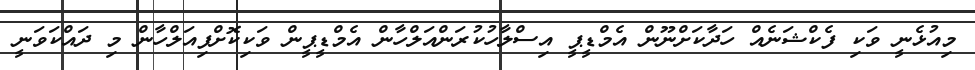
މިއުޅެނީ ވަކި ފެކްޝަނެއް ހަދާކަށްނޫން އެމްޑީޕީ އިސްލާހުކުރަންއަލްހާން އެމްޑީޕީން ވަކިކޮށްފިއަލްހާން މި ދައްކަވަނީ